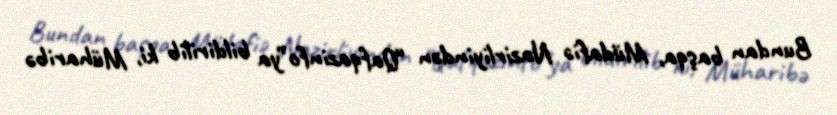
Bundan başqa, Müdafiə Nazirliyindən “Qafqazinfo”ya bildirilib ki, Müharibə